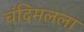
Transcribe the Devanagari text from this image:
चंदिमलला